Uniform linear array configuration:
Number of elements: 48
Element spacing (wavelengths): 0.5
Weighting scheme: binomial
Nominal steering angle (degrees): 45
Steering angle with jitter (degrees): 46.505
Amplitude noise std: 0.05
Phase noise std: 0.05

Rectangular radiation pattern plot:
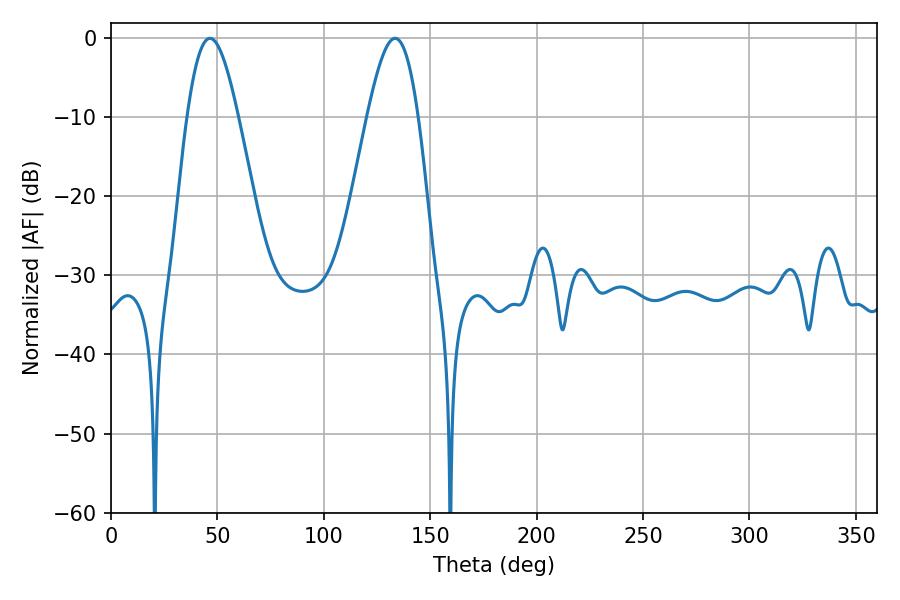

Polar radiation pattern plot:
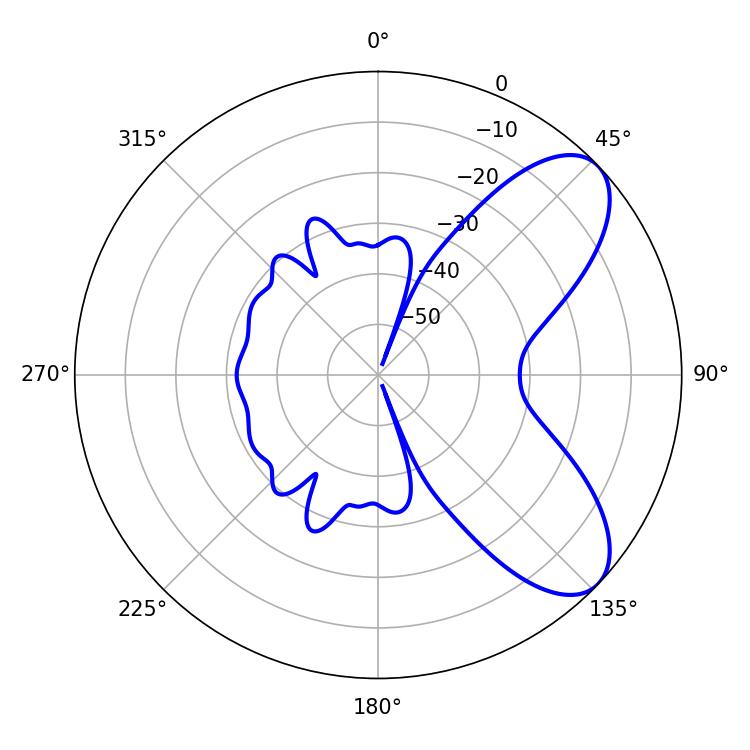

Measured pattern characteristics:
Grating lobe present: FALSE
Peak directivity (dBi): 7.462
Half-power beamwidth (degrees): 12.78
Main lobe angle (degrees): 46.44